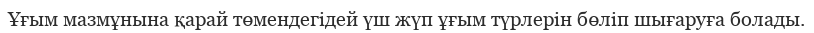
Ұғым мазмұнына қарай төмендегідей үш жүп ұғым түрлерін бөліп шығаруға болады.